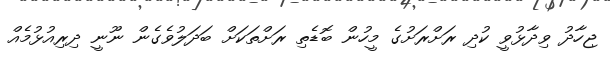
ޖިހާދު ވިދާޅުވީ ކުދި ރަށްރަށުގެ މީހުން ބޮޑެތި ރަށްތަކަށް ބަދަލުވެގެން ނޫނީ ދިރިއުޅުމެއް